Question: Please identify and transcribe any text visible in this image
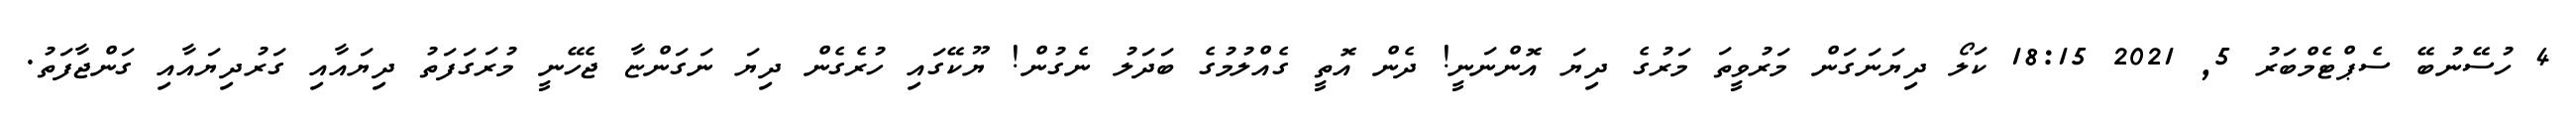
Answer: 4 ހުސޭނުބޭ ސެޕްޓެމްބަރު 5, 2021 18:15 ކަލޯ ދިޔަނަގަން މަރުވީތަ މަރުގެ ދިޔަ އޮންނަނީ! ދެން އޮތީ ގެއްލުމުގެ ބަދަލު ނެގުން! ޔޫކޭގައި ހުރެގެން ދިޔަ ނަގަންޏާ ޖެހޭނީ މުރަގަފަތު ދިޔައާއި ގަރުދިޔައާއި ގަންޖާފަތު.